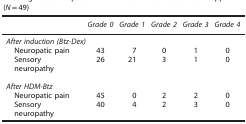
<table><thead><tr><td><b> </b></td><td><b><i>Grade 0</i></b></td><td><b><i>Grade 1</i></b></td><td><b><i>Grade 2</i></b></td><td><b><i>Grade 3</i></b></td><td><b><i>Grade 4</i></b></td></tr></thead><tbody><tr><td colspan="6"><i>After induction (Btz-Dex)</i></td></tr><tr><td> Neuropatic pain</td><td>43</td><td>7</td><td>0</td><td>1</td><td>0</td></tr><tr><td> Sensory neuropathy</td><td>26</td><td>21</td><td>3</td><td>1</td><td>0</td></tr><tr><td> </td><td> </td><td> </td><td> </td><td> </td><td> </td></tr><tr><td colspan="6"><i>After HDM-Btz</i></td></tr><tr><td> Neuropatic pain</td><td>45</td><td>0</td><td>2</td><td>2</td><td>0</td></tr><tr><td> Sensory neuropathy</td><td>40</td><td>4</td><td>2</td><td>3</td><td>0</td></tr></tbody></table>